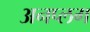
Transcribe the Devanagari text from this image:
अनप्लग